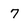
Character: 7